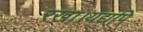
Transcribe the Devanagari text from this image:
रखा।यद्यपि